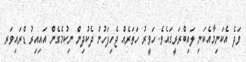
ވަދެ އެކަނިމާއެކަނި ލައިބްރަރީގައެވެ. ހަވީރު ހަތަރެއް ޖެހިފަހުން ދެކުދިން ނިކުމެގެން އައިއިރު ޑްރައިވަރ